Scientific memoirs by medical officers of the Army of India - Part II,
Year: 1886
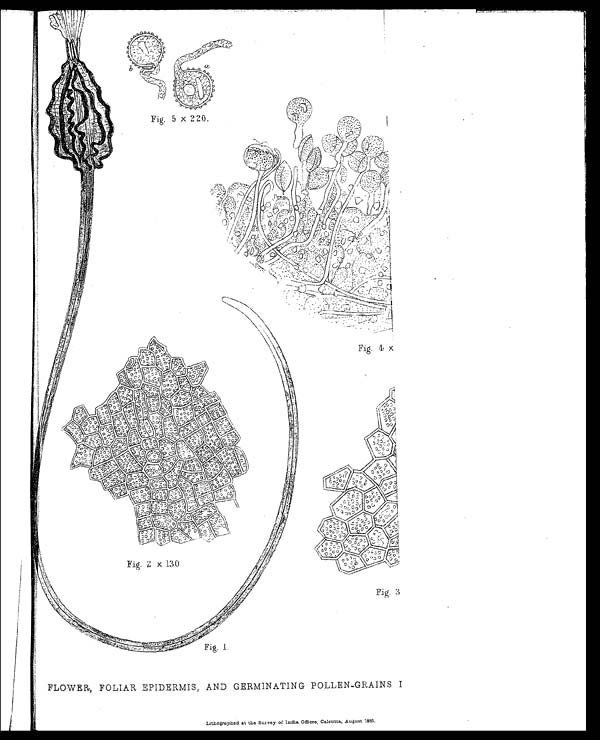
FLOWER, FOLIAR EPIDERMIS, AND GERMINATING POLLEN-GRAINS I
Lithographed at the Survey of India Offices, Calcutta, August 1886 .